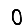
Digit: 0